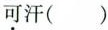
可汗( )